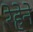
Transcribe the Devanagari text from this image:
रेहेने